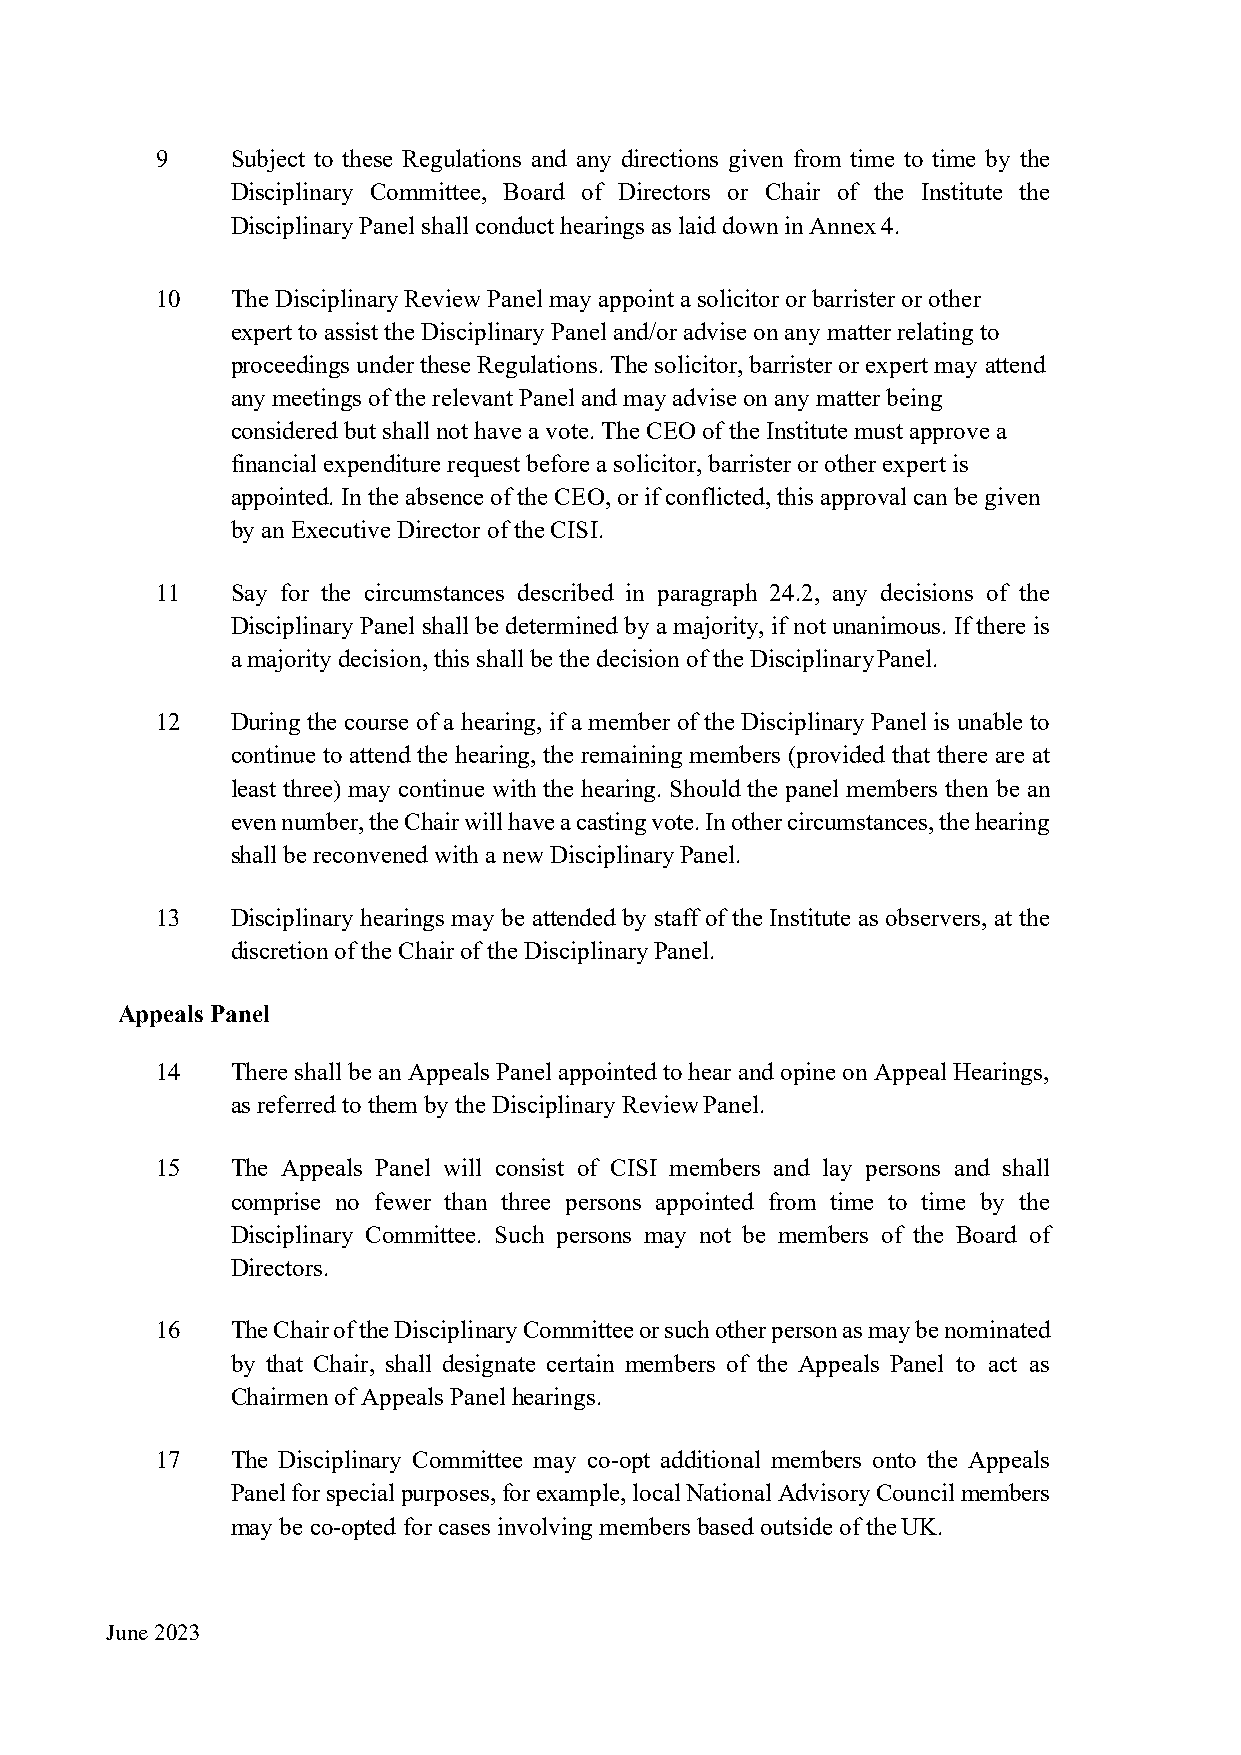
9    Subject to these Regulations and any directions given from time to time by the
 Disciplinary Committee, Board of Directors or Chair of the Institute the
 Disciplinary Panel shall conduct hearings as laid down in Annex 4.
 10   The Disciplinary Review Panel may appoint a solicitor or barrister or other
 expert to assist the Disciplinary Panel and/or advise on any matter relating to
 proceedings under these Regulations. The solicitor, barrister or expert may attend
 any meetings of the relevant Panel and may advise on any matter being
 considered but shall not have a vote. The CEO of the Institute must approve a
 financial expenditure request before a solicitor, barrister or other expert is
 appointed. In the absence of the CEO, or if conflicted, this approval can be given
 by an Executive Director of the CISI.
 11   Say for the circumstances described in paragraph 24.2, any decisions of the
 Disciplinary Panel shall be determined by a majority, if not unanimous. If there is
 a majority decision, this shall be the decision of the Disciplinary Panel.
 12   During the course of a hearing, if a member of the Disciplinary Panel is unable to
 continue to attend the hearing, the remaining members (provided that there are at
 least three) may continue with the hearing. Should the panel members then be an
 even number, the Chair will have a casting vote. In other circumstances, the hearing
 shall be reconvened with a new Disciplinary Panel.
 13   Disciplinary hearings may be attended by staff of the Institute as observers, at the
 discretion of the Chair of the Disciplinary Panel.
 Appeals Panel
 14   There shall be an Appeals Panel appointed to hear and opine on Appeal Hearings,
 as referred to them by the Disciplinary Review Panel.
 15   The Appeals Panel will consist of CISI members and lay persons and shall
 comprise no fewer than three persons appointed from time to time by the
 Disciplinary Committee. Such persons may not be members of the Board of
 Directors.
 16   The Chair of the Disciplinary Committee or such other person as may be nominated
 by that Chair, shall designate certain members of the Appeals Panel to act as
 Chairmen of Appeals Panel hearings.
 17   The Disciplinary Committee may co-opt additional members onto the Appeals
 Panel for special purposes, for example, local National Advisory Council members
 may be co-opted for cases involving members based outside of the UK.
 June 2023